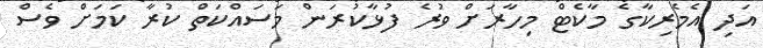
އަދި އެމެރިކާގެ މާކެޓް މިހާރަށް ވުރެ ފުޅާކުރަން މަސައްކަތް ކުރާ ކަމަށް ވެސް